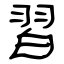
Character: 習